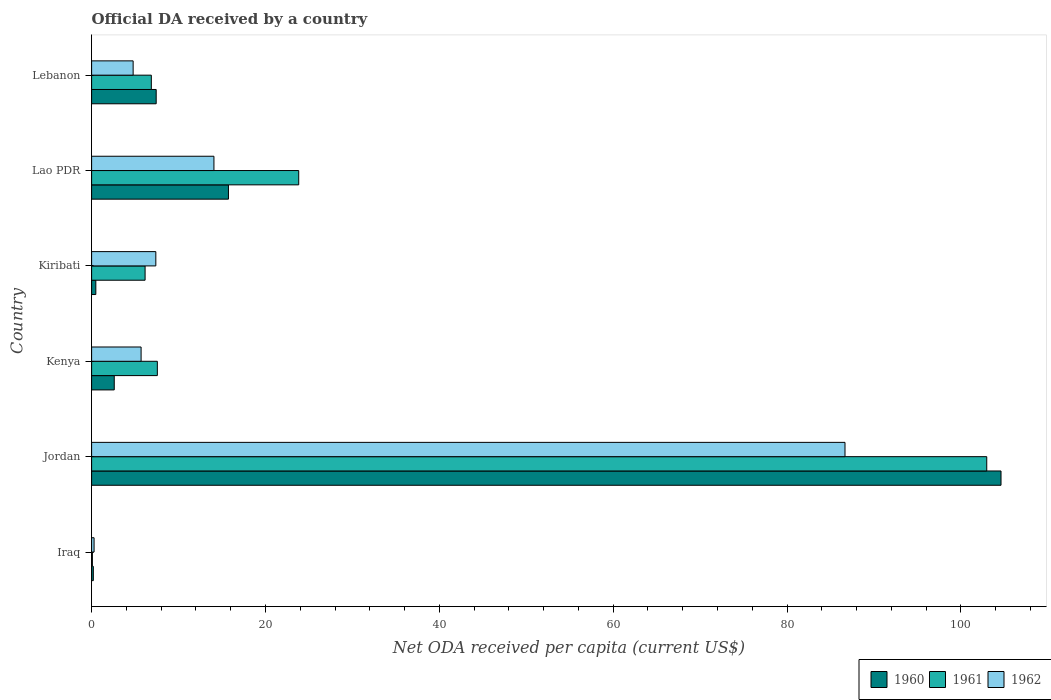
| Country | 1960 | 1961 | 1962 |
 | --- | --- | --- | --- |
 | Iraq | 0.199 | 0.091 | 0.284 |
 | Jordan | 105 | 103 | 86.7 |
 | Kenya | 2.6 | 7.56 | 5.69 |
 | Kiribati | 0.485 | 6.15 | 7.39 |
 | Lao PDR | 15.7 | 23.8 | 14.1 |
 | Lebanon | 7.43 | 6.87 | 4.78 |